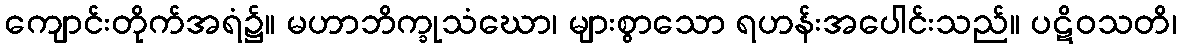
ကျောင်းတိုက်အရံ၌။ မဟာဘိက္ခုသံဃော၊ များစွာသော ရဟန်းအပေါင်းသည်။ ပဋိဝသတိ၊